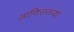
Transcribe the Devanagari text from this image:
आणिउजव्या